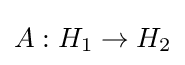
A:H_{1}\to H_{2}